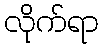
လိုက်ရာ